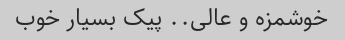
خوشمزه و عالی.. پیک بسیار خوب